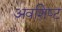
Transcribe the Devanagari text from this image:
अवशिष्‍ट